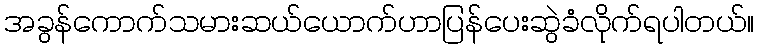
အခွန်ကောက်သမားဆယ်ယောက်ဟာပြန်ပေးဆွဲခံလိုက်ရပါတယ်။